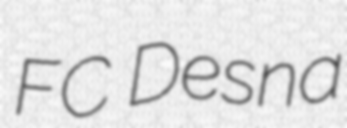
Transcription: FC Desna